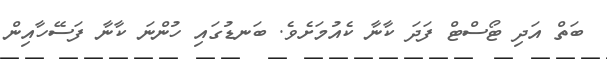
ބަތް އަދި ޓޯސްޓް ފަދަ ކާނާ ކެއުމަށެވެ. ބަނޑުގައި ހުންނަ ކާނާ ފަސޭހާއިން